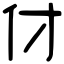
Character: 𠆫